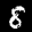
Label: 8